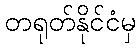
တရုတ်နိုင်ငံမှ